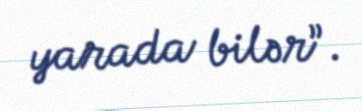
yarada bilər”.